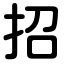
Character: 招